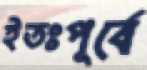
ইতঃপূর্বে